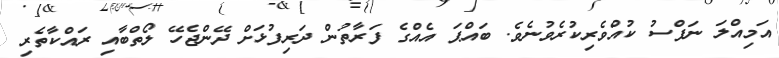
އަމިއްލަ ނަފްސު ކުއްވެރިކުރެވުނެވެ. ބައްޕަ އެއްގެ ފަރާތުން ދަރިފުޅަށް ދޭންޖެހޭ ލޯތްބާއި ރައްކާތެރި